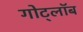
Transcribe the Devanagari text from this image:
गोट्लॉब